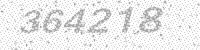
Solution: 364218